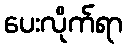
ပေးလိုက်ရာ